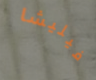
فيليشا